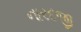
નારદજી